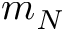
m _ { N }